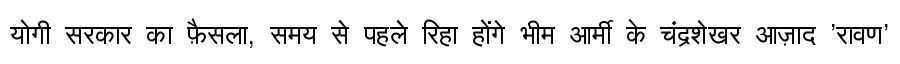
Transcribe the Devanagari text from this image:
योगी सरकार का फ़ैसला, समय से पहले रिहा होंगे भीम आर्मी के चंद्रशेखर आज़ाद 'रावण'